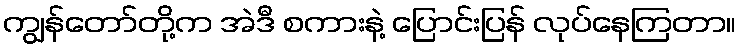
ကျွန်တော်တို့က အဲဒီ စကားနဲ့ ပြောင်းပြန် လုပ်နေကြတာ။